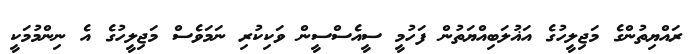
ރައްޔިތުންގެ މަޖިލީހުގެ އަޣުލަބިއްޔަތުން ފަހުމީ ސީއެސްސީން ވަކިކުރި ނަމަވެސް މަޖިލީހުގެ އެ ނިންމުމަކީ